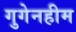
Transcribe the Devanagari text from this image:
गुगेनहीम